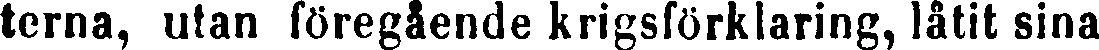
terna, utan föregående krigsförklaring, låtit sina